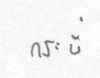
กระบี่